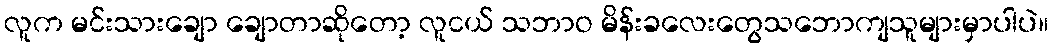
လူက မင်းသားချော ချောတာဆိုတော့ လူငယ် သဘာဝ မိန်းခလေးတွေသဘောကျသူများမှာပါပဲ။